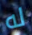
له